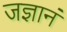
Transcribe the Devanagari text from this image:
जज्ञानं